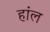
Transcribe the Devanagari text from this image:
हांल